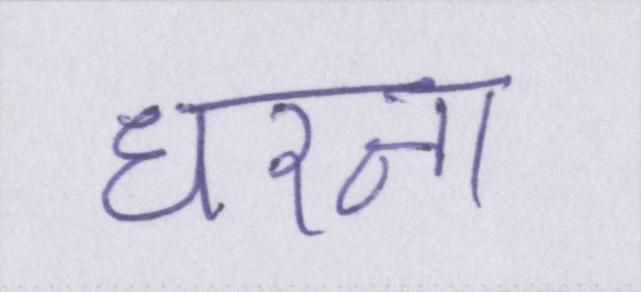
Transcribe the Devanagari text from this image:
धरना